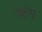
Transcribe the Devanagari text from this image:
ऋंग